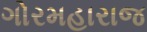
ગોરમહારાજ